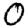
Digit: 0